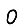
Digit: 0